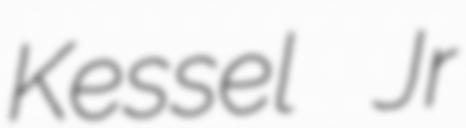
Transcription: Kessel Jr